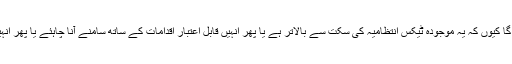
میں وزیر خزانہ کو ایف بی آر کے ٹیکس محصولات کے ہدف پر نظرثانی کرنے کیلئے زور دوں گا کیوں کہ یہ موجودہ ٹیکس انتظامیہ کی سکت سے بالاتر ہے یا پھر انہیں قابل اعتبار اقدامات کے ساتھ سامنے آنا چاہئے یا پھر انہیں آمدنی کا ہدف پورا کرنے کیلئے اضافی ٹیکس کیلئے سنجیدہ اقدامات کرنے کیلئے تیار رہنا ہوگا۔